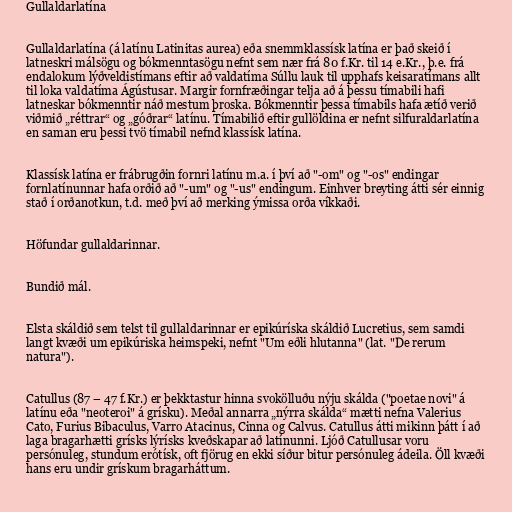
Gullaldarlatína

Gullaldarlatína (á latínu Latinitas aurea) eða snemmklassísk latína er það skeið í
latneskri málsögu og bókmenntasögu nefnt sem nær frá 80 f.Kr. til 14 e.Kr., þ.e. frá
endalokum lýðveldistímans eftir að valdatíma Súllu lauk til upphafs keisaratímans allt
til loka valdatíma Ágústusar. Margir fornfræðingar telja að á þessu tímabili hafi
latneskar bókmenntir náð mestum þroska. Bókmenntir þessa tímabils hafa ætíð verið
viðmið „réttrar“ og „góðrar“ latínu. Tímabilið eftir gullöldina er nefnt silfuraldarlatína
en saman eru þessi tvö tímabil nefnd klassísk latína.

Klassísk latína er frábrugðin fornri latínu m.a. í því að "-om" og "-os" endingar
fornlatínunnar hafa orðið að "-um" og "-us" endingum. Einhver breyting átti sér einnig
stað í orðanotkun, t.d. með því að merking ýmissa orða víkkaði.

Höfundar gullaldarinnar.

Bundið mál.

Elsta skáldið sem telst til gullaldarinnar er epikúríska skáldið Lucretius, sem samdi
langt kvæði um epikúriska heimspeki, nefnt "Um eðli hlutanna" (lat. "De rerum
natura").

Catullus (87 – 47 f.Kr.) er þekktastur hinna svokölluðu nýju skálda ("poetae novi" á
latínu eða "neoteroi" á grísku). Meðal annarra „nýrra skálda“ mætti nefna Valerius
Cato, Furius Bibaculus, Varro Atacinus, Cinna og Calvus. Catullus átti mikinn þátt í að
laga bragarhætti grísks lýrísks kveðskapar að latínunni. Ljóð Catullusar voru
persónuleg, stundum erótísk, oft fjörug en ekki síður bitur persónuleg ádeila. Öll kvæði
hans eru undir grískum bragarháttum.